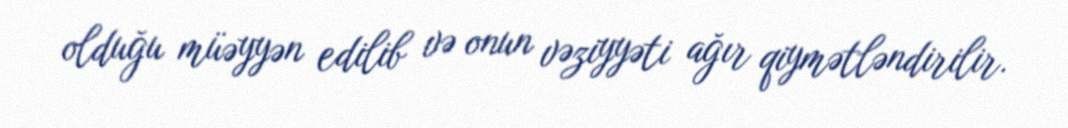
olduğu müəyyən edilib və onun vəziyyəti ağır qiymətləndirilir.